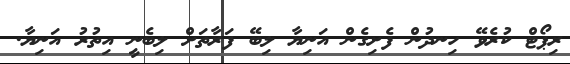
ރިޕޯޓް ކުރެވޭ ހިނދުން ފެށިގެން އަނިޔާ ލިބޭ ފަރާތަށް ލިބެނީ އިތުރު އަނިޔާ.